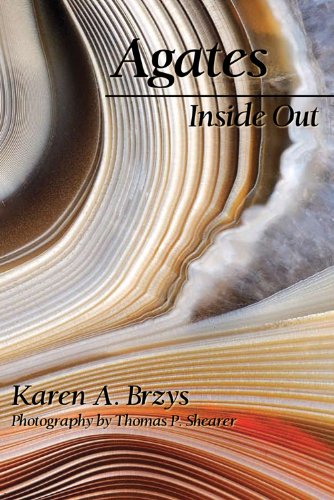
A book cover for Agates Inside Out; Karen A. Brzys; Science & Math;